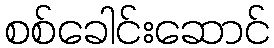
စစ်ခေါင်းဆောင်